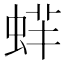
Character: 䖹